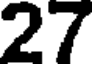
27